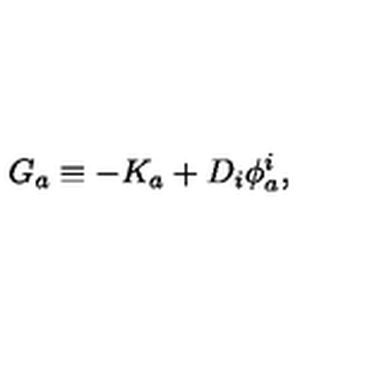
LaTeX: G _ { a } \equiv - K _ { a } + D _ { i } \phi _ { a } ^ { i } ,